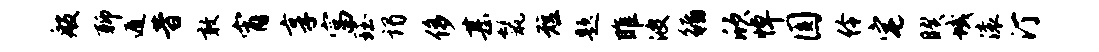
般聊遁昔敢宵享富珏谒侈甚鬣短题雎波循欣悼圆伶宅睽域滚汀